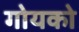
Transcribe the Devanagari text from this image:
गोयको